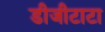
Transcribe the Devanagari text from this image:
डीजीटाटा